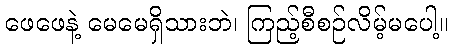
ဖေဖေနဲ့ မေမေရှိသားဘဲ၊ ကြည့်စီစဉ်လိမ့်မပေါ့။